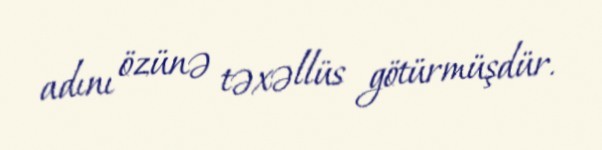
adını özünə təxəllüs götürmüşdür.